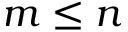
m \leq n